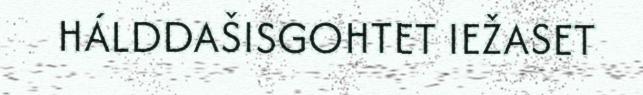
HÁLDDAŠISGOHTET IEŽASET